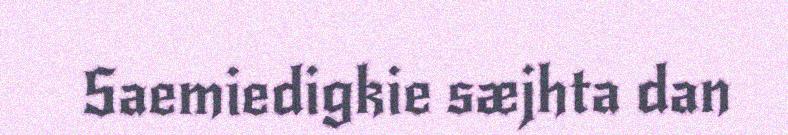
Saemiedigkie sæjhta dan